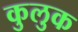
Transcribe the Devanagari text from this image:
कुलुक